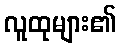
လူထုများ၏